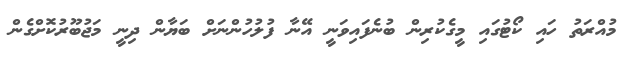
މުއްރަތު ހައި ކޯޓުގައި މީގެކުރިން ބުނެފައިވަނީ އޭނާ ފުލުހުންނަށް ބަޔާން ދިނީ މަޖުބޫރުކޮށްގެން